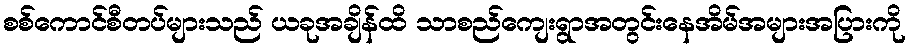
စစ်ကောင်စီတပ်များသည် ယခုအချိန်ထိ သာစည်ကျေးရွာအတွင်းနေအိမ်အများအပြားကို